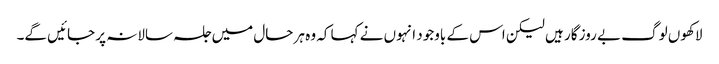
لاکھوں لوگ بے روز گار ہیں لیکن اس کے باوجود انہوں نے کہا کہ وہ ہر حال میں جلسہ سالانہ پر جائیں گے۔